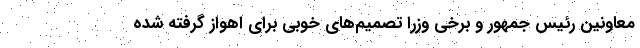
معاونین رئیس جمهور و برخی وزرا تصمیم‌های خوبی برای اهواز گرفته شده